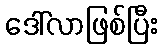
ဒေါ်လာဖြစ်ပြီး